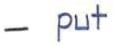
- put